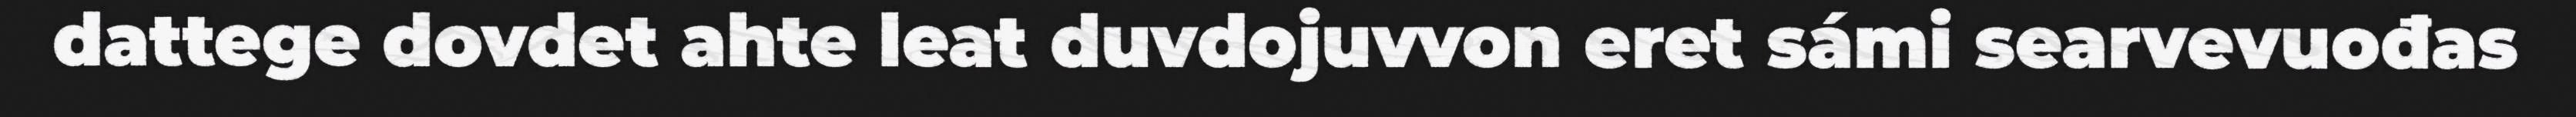
dattege dovdet ahte leat duvdojuvvon eret sámi searvevuođas